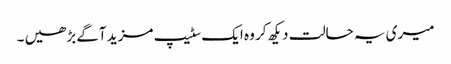
میری یہ حالت دیکھ کر وہ ایک سٹیپ مزید آگے بڑھیں ۔